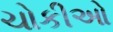
ચોકીઓ